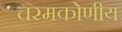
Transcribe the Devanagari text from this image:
चरमकोणीय